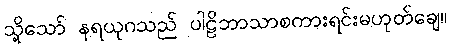
သို့သော် နရယုဂသည် ပါဠိဘာသာစကားရင်းမဟုတ်ချေ။